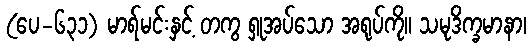
(ပေ-၆၃၁) မာရ်မင်းနှင့် တကွ ရှုအပ်သော အရုပ်ကို။ သမုဒိက္ခမာနာ၊